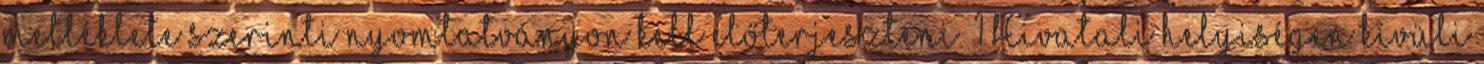
melléklete szerinti nyomtatványon kell előterjeszteni. 1 Hivatali helyiségen kívüli